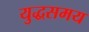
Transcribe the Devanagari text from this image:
युद्धसमय